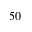
5 0